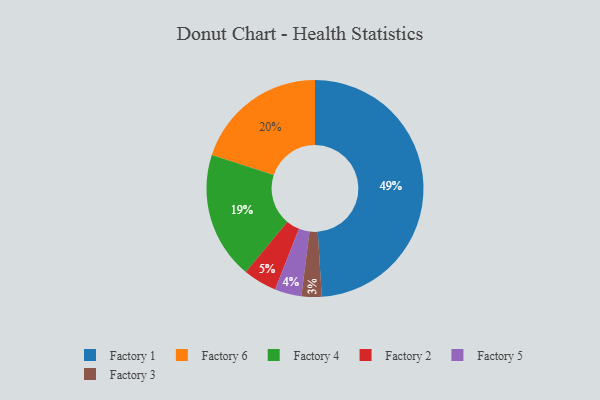
{"axis": {"x": "Category", "y": "Percentage"}, "legend": ["Factory 1", "Factory 2", "Factory 3", "Factory 4", "Factory 5", "Factory 6"], "data": [{"x": "Factory 4", "y": 19, "type": "Factory 4"}, {"x": "Factory 2", "y": 5, "type": "Factory 2"}, {"x": "Factory 5", "y": 4, "type": "Factory 5"}, {"x": "Factory 6", "y": 20, "type": "Factory 6"}, {"x": "Factory 3", "y": 3, "type": "Factory 3"}, {"x": "Factory 1", "y": 49, "type": "Factory 1"}]}